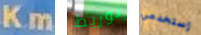
Km توريط إستخدمي